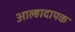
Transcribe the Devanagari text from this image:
आल्हादायक